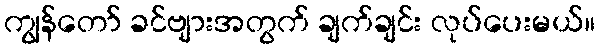
ကျွန်တော် ခင်ဗျားအတွက် ချက်ချင်း လုပ်ပေးမယ်။